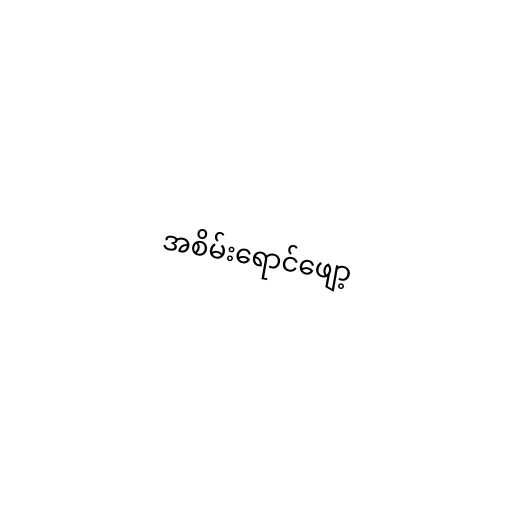
အစိမ်းရောင်ဖျော့